Mental hospitals Bombay report 1929-33 - 1929-1933
Year: 1929
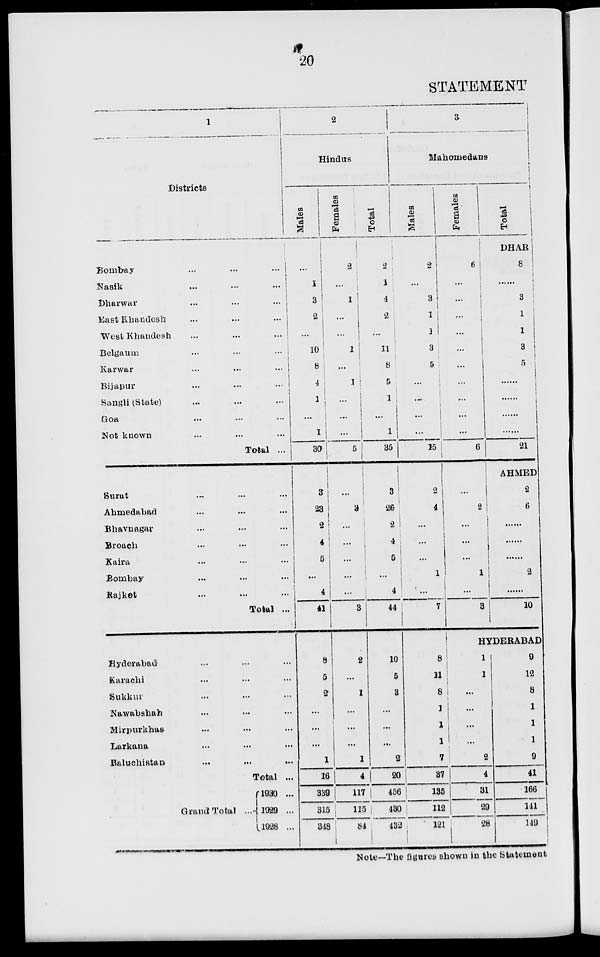
20
STATEMENT
1
Districts
Bombay
...
...
...
Nasik
...
...
...
Dharwar
...
...
...
East Khandesh
...
...
...
West Khandesh
...
...
...
Belgaum ... ... ...
Karwar ... ... ...
Bijapur ... ... ...
Sangli (State) ... ... ...
Goa ... ... ...
Not known ... ... ...
Total ...
Surat ... ... ...
Ahmedabad ... ... ...
Bhavnagar ... ... ...
Broach ... ... ...
Kaira ... ... ...
Bombay ... ... ...
Rajkot ... ... ...
Total ...
Hyderabad ... ... ...
Karachi ... ... ...
Sukkur ... ... ...
Nawabshah ... ... ...
Mirpurkhas ... ... ...
Larkana ... ... ...
Baluchistan
...
...
...
Total ...
Grand Total ...
1930 ...
1929 ...
1928 ...
2
Hindus
Males
...
1
3
2
...
10
8
4
1
...
1
30
3
23
2
4
5
...
4
41
8
5
2
...
...
...
1
16
339
315
348
Females
2
...
1
...
...
1
...
...
...
...
...
5
...
3
...
...
...
...
...
3
2
...
1
...
...
...
1
4
117
115
84
Total
2
1
4
2
...
11
8
5
1
...
1
35
3
26
2
4
5
...
4
44
10
5
3
...
...
...
2
20
456
430
432
3
Mahomedans
Males
2
...
3
1
1
3
5
...
...
...
...
15
2
4
...
...
...
1
...
7
8
11
8
1
1
1
7
37
135
112
121
Females
6
...
...
...
...
...
...
...
...
...
...
6
...
2
...
...
...
1
...
3
Total
DHAR
8
......
3
1
1
3
5
......
......
......
......
21
AHMED
2
6
......
......
......
2
......
10
HYDERABAD
1
1
...
...
...
...
2
4
31
29
28
9
12
8
1
1
1
9
41
166
141
149
Note—The figures shown in the Statement